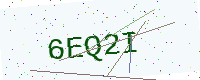
Text: 6EQ2I